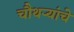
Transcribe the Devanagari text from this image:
चौथर्‍यांचे